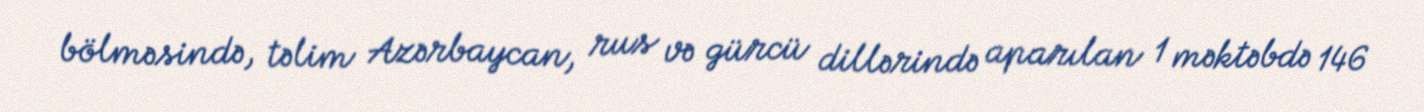
bölməsində, təlim Azərbaycan, rus və gürcü dillərində aparılan 1 məktəbdə 146